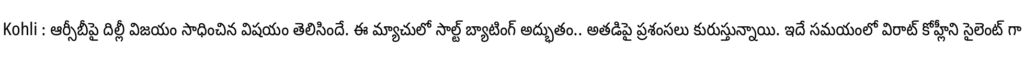
Kohli : ఆర్సీబీపై దిల్లీ విజయం సాధించిన విషయం తెలిసిందే. ఈ మ్యాచులో సాల్ట్ బ్యాటింగ్ అద్భుతం.. అతడిపై ప్రశంసలు కురుస్తున్నాయి. ఇదే సమయంలో విరాట్ కోహ్లీని సైలెంట్ గా